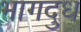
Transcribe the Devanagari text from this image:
भागदुध